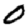
Digit: 0